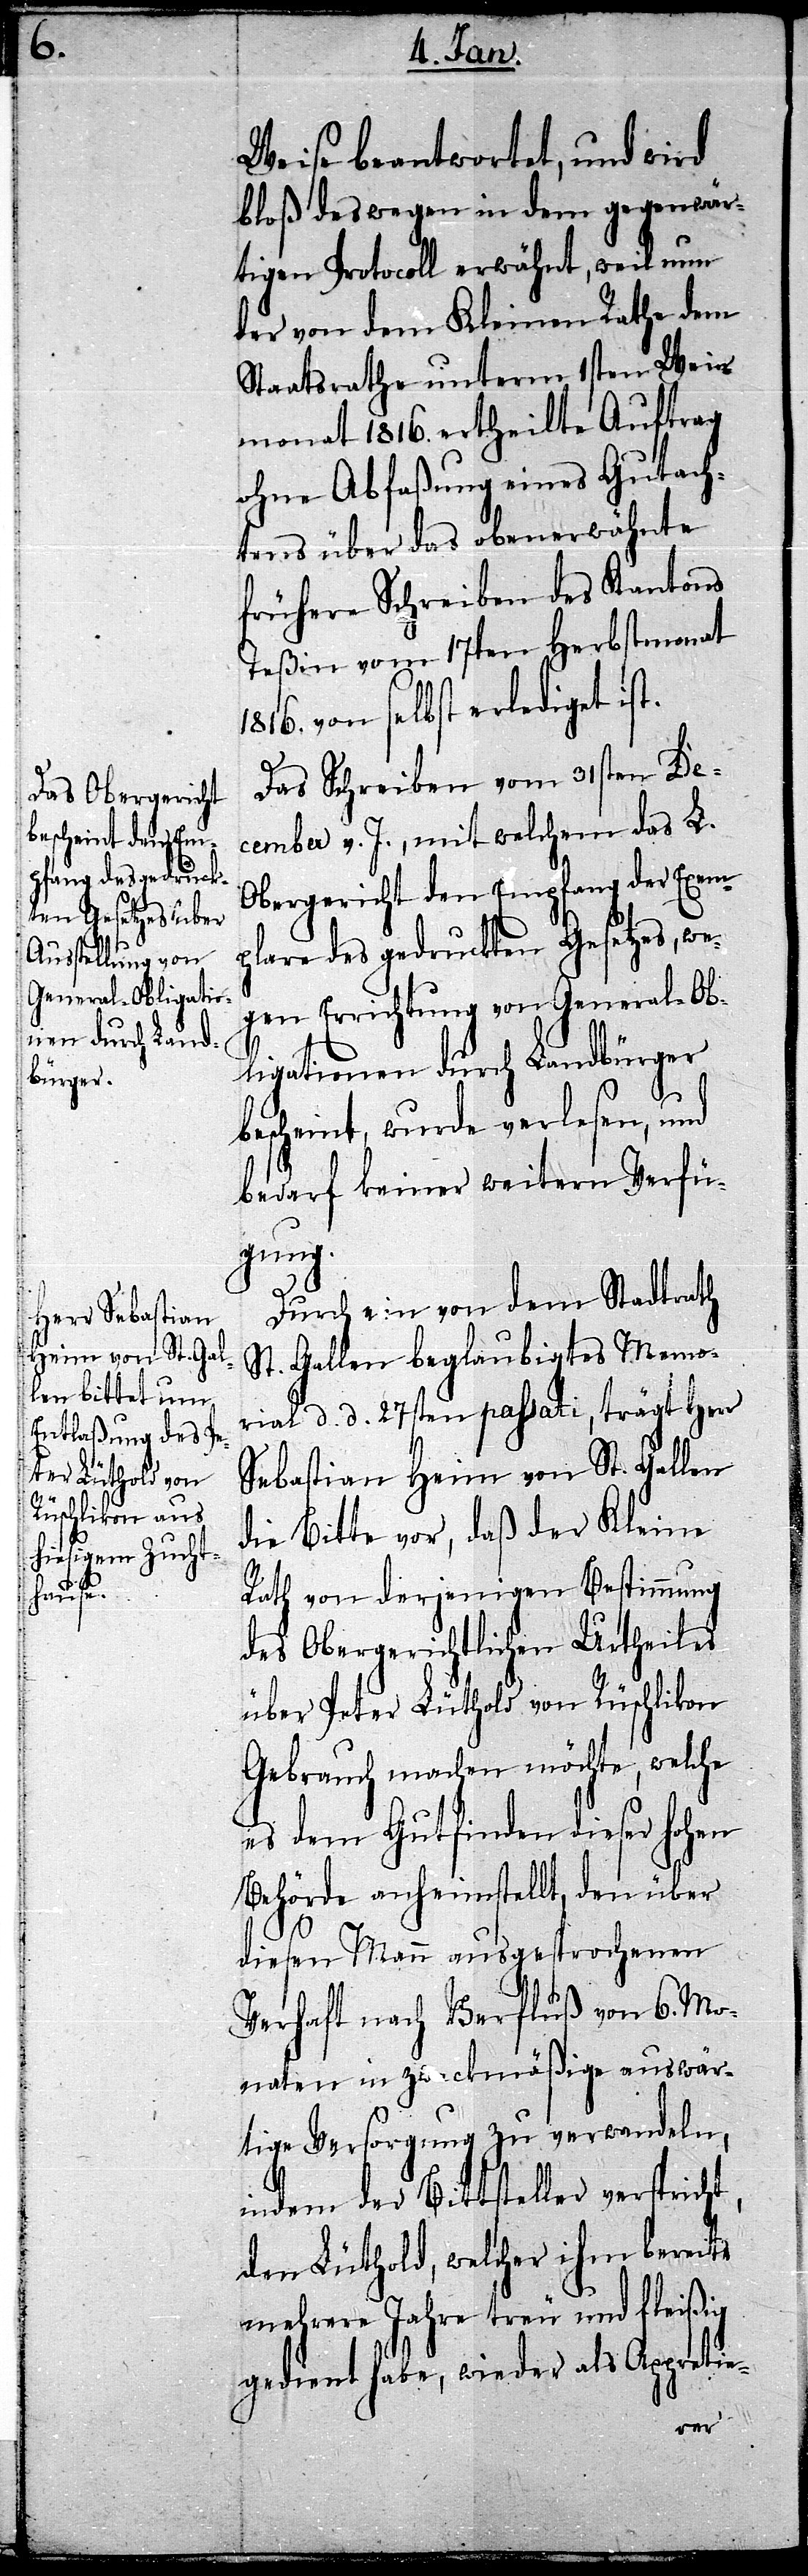
t,
der Kleine

Weise beantwortet, und wird
bloß deswegen in dem gegenwär¬
tigen Protocoll erwähnt, weil nun
der von dem Kleinen Rathe dem
Staatsrathe unterm 1sten Wein¬
monat 1816. ertheilte Auftrag
ohne Abfaßung eines Gutach¬
tens über das obenerwähnte
frühere Schreiben des Kantons
Teßin vom 17ten Herbstmonat
von selbst erlediget ist.
Das Schreiben vom 31sten De¬
cember v. J., mit welchem das L.
Obergericht den Empfang der Exemp¬
lare des gedruckten Gesetzes, we¬
gen Errichtung von General-Ob¬
ligationen durch Landbürger
bescheint, wurde verlesen, und
bedarf keiner weitern Verfü¬
gung.
Durch ein vom dem Stadtrath
St. Gallen beglaubigtes Memo¬
rial d. d. 27sten passati, trägt Herr
Sebastian Heim von St. Gallen
Rath von derjenigen Bestimmung
des Obergerichtlichen Urtheiles
über Peter Lüthold von Rüschlikon
Gebrauch machen möchte, welche
es dem Gutfinden dieser hohen
Behörde anheimstellt, den über
diesen Mann ausgesprochenen
Verhaft nach Verfluß von 6. Mo¬
naten in zweckmäßige auswär¬
tige Versorgung zu verwandeln,
indem der Bittsteller versprich¬
den Lüthold, welcher ihm bereits
mehrere Jahre treu und fleißig
gedient habe, wieder als Appretie-
vor,